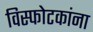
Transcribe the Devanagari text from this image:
विस्फोटकांना